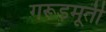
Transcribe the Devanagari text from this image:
गरूडमूर्ती